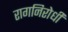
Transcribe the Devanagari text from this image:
रागनिरोधी